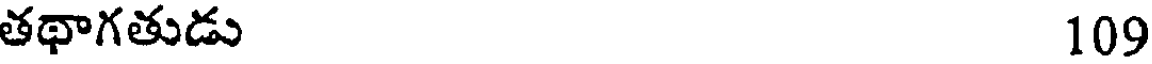
తథాగతుడు 109